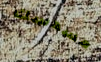
مسدسك